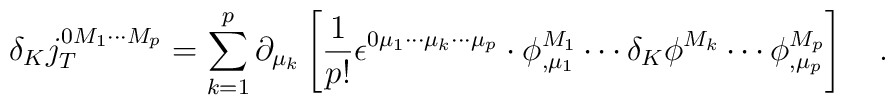
\delta _Kj_T^{0M_1\cdots M_p}=\sum_{k=1}^p\partial _{\mu_k}\left[ \frac 1{p!}\epsilon ^{0\mu _1\cdots \mu _k\cdots \mu _p}\cdot \phi_{,\mu _1}^{M_1}\cdots \delta _K\phi ^{M_k}\cdots \phi _{,\mu_p}^{M_p}\right] \quad .